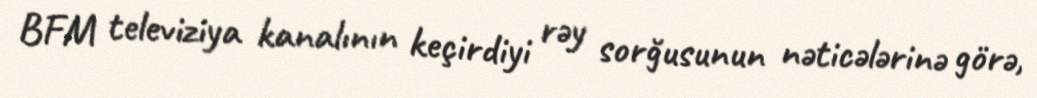
BFM televiziya kanalının keçirdiyi rəy sorğusunun nəticələrinə görə,